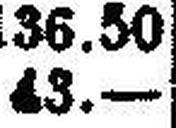
43.—